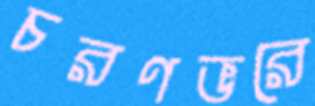
চরণভরে